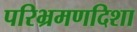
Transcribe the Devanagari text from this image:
परिभ्रमणदिशा